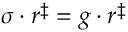
\sigma \cdot r ^ { \ddag } = g \cdot r ^ { \ddag }